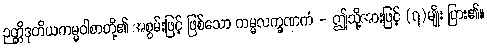
ဉတ္တိဒုတိယကမ္မဝါစာတို့၏ အစွမ်းဖြင့် ဖြစ်သော ကမ္မလက္ခဏကံ - ဤသို့အားဖြင့် (၇)မျိုး ပြား၏။